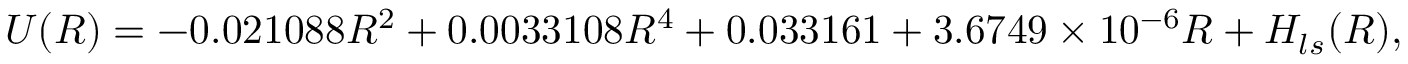
U ( R ) = - 0 . 0 2 1 0 8 8 R ^ { 2 } + 0 . 0 0 3 3 1 0 8 R ^ { 4 } + 0 . 0 3 3 1 6 1 + 3 . 6 7 4 9 \times 1 0 ^ { - 6 } R + H _ { l s } ( R ) ,